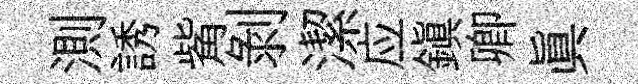
測誘觜剥潔应鎮卿眞